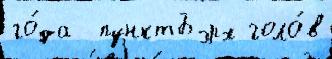
го́да  пунктБэрх голо́в